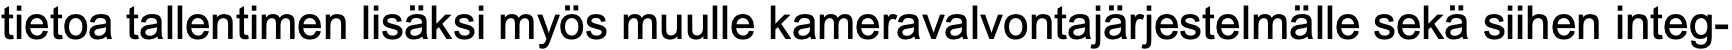
tietoa tallentimen lisäksi myös muulle kameravalvontajärjestelmälle sekä siihen integ-